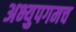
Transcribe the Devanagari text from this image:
अभ्युपगमच